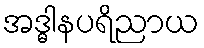
အဒ္ဓါနပရိညာယ